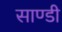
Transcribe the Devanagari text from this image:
साण्डी